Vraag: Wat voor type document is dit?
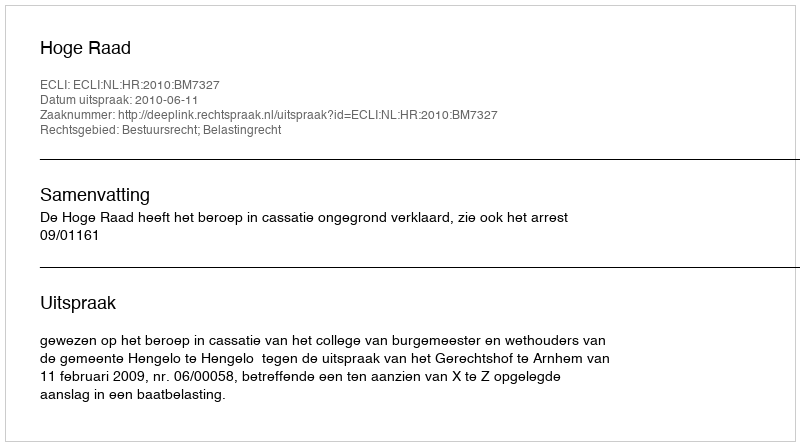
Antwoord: Uitspraak